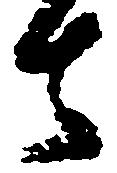
去